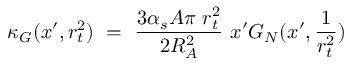
\kappa _ { G } ( x ^ { \prime } , r _ { t } ^ { 2 } ) \, \, = \, \, \frac { 3 \alpha _ { s } A \pi \, \, r _ { t } ^ { 2 } } { 2 R _ { A } ^ { 2 } } \, \, x ^ { \prime } G _ { N } ( x ^ { \prime } , \frac { 1 } { r _ { t } ^ { 2 } } )